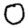
Digit: 0